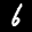
Label: 6